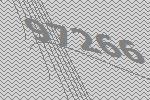
97266